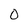
Character: 0